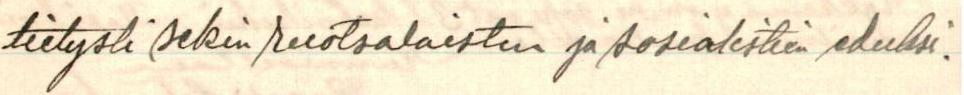
tietysti sekin ruotsalaisten ja sosialistien eduksi.